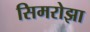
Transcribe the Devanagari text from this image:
सिमरोझा